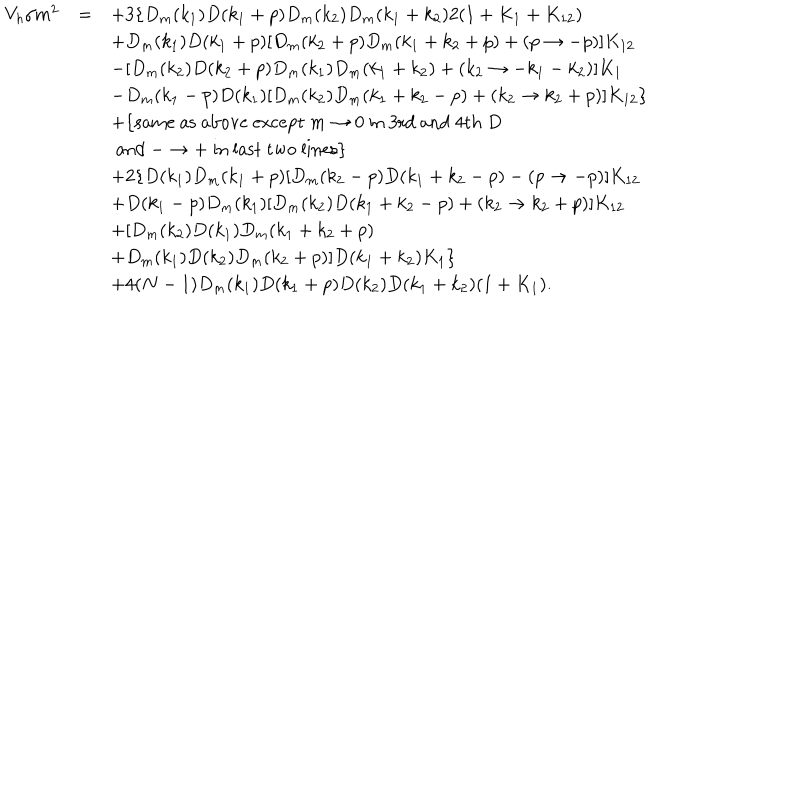
LaTeX: \begin{array} { r c l } { { V _ { h } / m ^ { 2 } } } & { { = } } & { { \displaystyle + 3 \{ D _ { m } ( k _ { 1 } ) D ( k _ { 1 } + p ) D _ { m } ( k _ { 2 } ) D _ { m } ( k _ { 1 } + k _ { 2 } ) 2 ( 1 + K _ { 1 } + K _ { 1 2 } ) } } \\ { { } } & { { } } & { { \displaystyle + D _ { m } ( k _ { 1 } ) D ( k _ { 1 } + p ) [ D _ { m } ( k _ { 2 } + p ) D _ { m } ( k _ { 1 } + k _ { 2 } + p ) + ( p \to - p ) ] K _ { 1 2 } } } \\ { { } } & { { } } & { { \displaystyle - [ D _ { m } ( k _ { 2 } ) D ( k _ { 2 } + p ) D _ { m } ( k _ { 1 } ) D _ { m } ( k _ { 1 } + k _ { 2 } ) + ( k _ { 2 } \to - k _ { 1 } - k _ { 2 } ) ] K _ { 1 } } } \\ { { } } & { { } } & { { \displaystyle - D _ { m } ( k _ { 1 } - p ) D ( k _ { 1 } ) [ D _ { m } ( k _ { 2 } ) D _ { m } ( k _ { 1 } + k _ { 2 } - p ) + ( k _ { 2 } \to k _ { 2 } + p ) ] K _ { 1 2 } \} } } \\ { { } } & { { } } & { { \displaystyle + \{ \mathrm { s a m e ~ a s ~ a b o v e ~ e x c e p t ~ } m \to 0 \mathrm { ~ i n ~ 3 r d ~ a n d ~ 4 t h ~ } D } } \\ { { } } & { { } } & { { \displaystyle \mathrm { ~ a n d ~ } - \to + \mathrm { ~ i n ~ l a s t ~ t w o ~ l i n e s } \} } } \\ { { } } & { { } } & { { \displaystyle + 2 \{ D ( k _ { 1 } ) D _ { m } ( k _ { 1 } + p ) [ D _ { m } ( k _ { 2 } - p ) D ( k _ { 1 } + k _ { 2 } - p ) - ( p \to - p ) ] K _ { 1 2 } } } \\ { { } } & { { } } & { { \displaystyle + D ( k _ { 1 } - p ) D _ { m } ( k _ { 1 } ) [ D _ { m } ( k _ { 2 } ) D ( k _ { 1 } + k _ { 2 } - p ) + ( k _ { 2 } \to k _ { 2 } + p ) ] K _ { 1 2 } } } \\ { { } } & { { } } & { { \displaystyle + [ D _ { m } ( k _ { 2 } ) D ( k _ { 1 } ) D _ { m } ( k _ { 1 } + k _ { 2 } + p ) } } \\ { { } } & { { } } & { { \displaystyle + D _ { m } ( k _ { 1 } ) D ( k _ { 2 } ) D _ { m } ( k _ { 2 } + p ) ] D ( k _ { 1 } + k _ { 2 } ) K _ { 1 } \} } } \\ { { } } & { { } } & { { \displaystyle + 4 ( N - 1 ) D _ { m } ( k _ { 1 } ) D ( k _ { 1 } + p ) D ( k _ { 2 } ) D ( k _ { 1 } + k _ { 2 } ) ( 1 + K _ { 1 } ) . } } \\ \end{array}